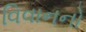
વિવાનનો